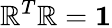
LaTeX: \mathbb{R}^{T}\mathbb{R}={\mathbf{1}}